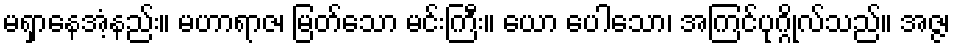
မရှာနေအံ့နည်း။ မဟာရာဇ၊ မြတ်သော မင်းကြီး။ ယော ပေါသော၊ အကြင်ပုဂ္ဂိုလ်သည်။ အဇ္ဇ၊